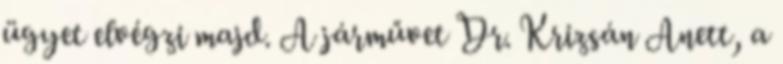
ügyet elvégzi majd. A járművet Dr. Krizsán Anett, a